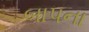
બાપના